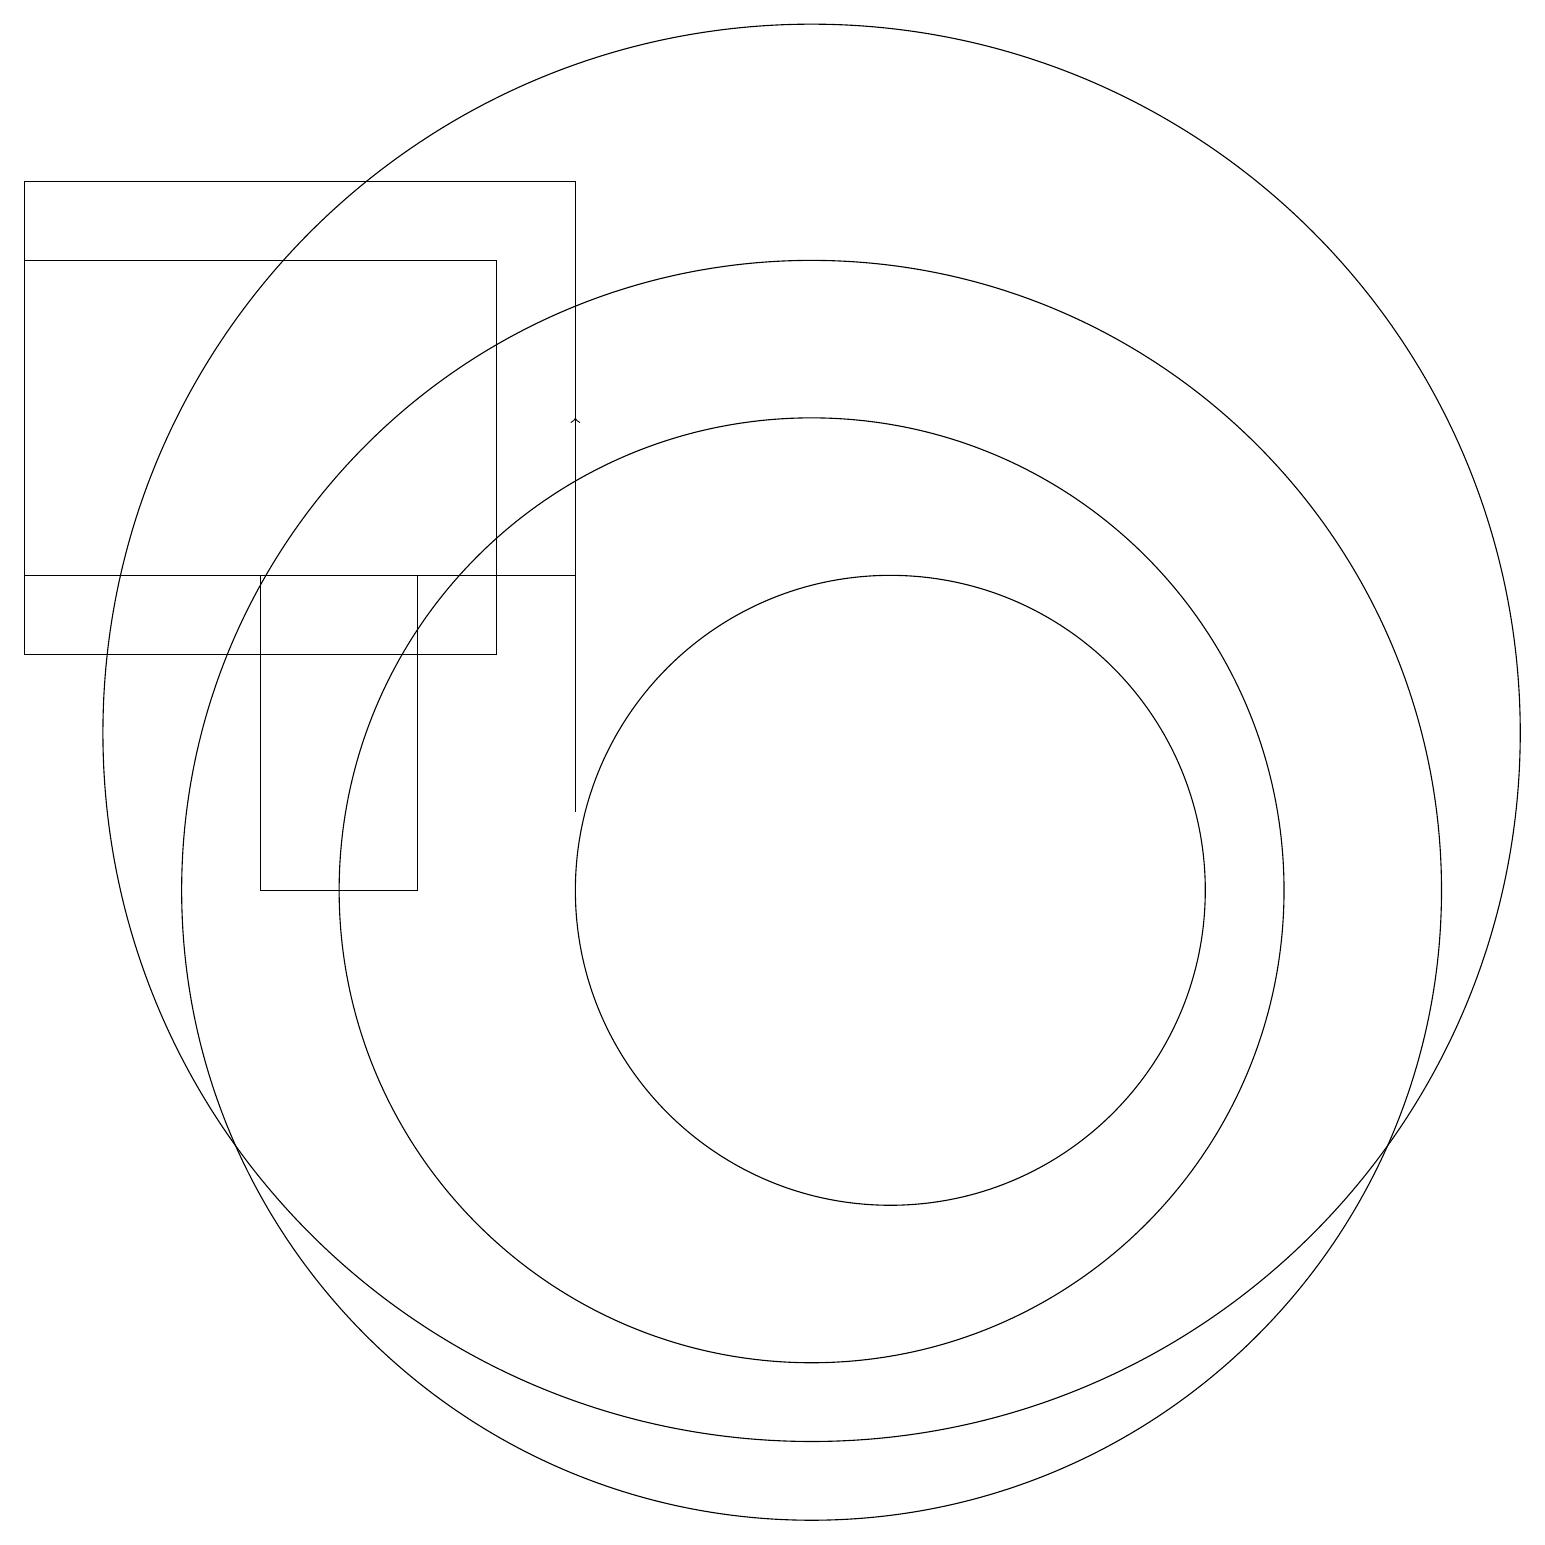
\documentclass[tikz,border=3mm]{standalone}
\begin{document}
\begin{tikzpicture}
\draw (4,10) rectangle (6,14);
\draw (1,13) rectangle (7,18);
\draw[->] (8,11) -- (8,16);
\draw (1,14) rectangle (8,19);
\draw (11,12) circle (9);
\draw (11,10) circle (8);
\draw (12,10) circle (4);
\draw (11,10) circle (6);
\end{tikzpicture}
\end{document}